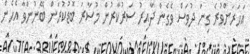
އަހަރަށްވުރެ ގިނަ ދުވަސް ވެގެން ދާއިރު ސަރުކާރުން މުސާރަ ބޮޑުކުރަން ބޭނުންވާ އެހެން